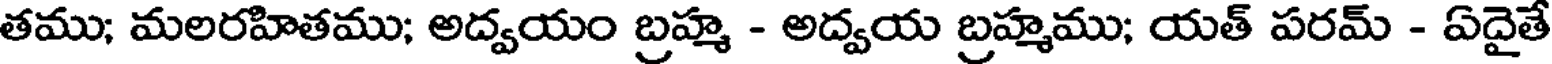
తము; మలరహితము; అద్వయం బ్రహ్మ - అద్వయ బ్రహ్మము; యత్ పరమ్ - ఏదైతే